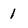
Character: 1